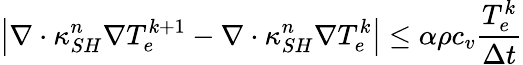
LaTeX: \left|{\nabla\cdot\kappa_{SH}^{n}\nabla T_{e}^{k+1}-\nabla\cdot\kappa_{SH}^{n}\nabla T_{e}^{k}}\right|\le\alpha\rho{c_{v}}\frac{{T_{e}^{k}}}{{\Delta t}}